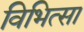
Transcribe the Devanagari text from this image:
विभित्सा